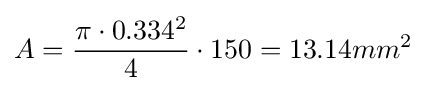
A={\frac {\pi \cdot 0.334^{2}}{4}}\cdot 150=13.14mm^{2}